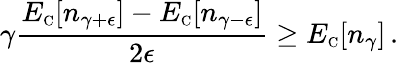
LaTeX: \gamma\frac{E_{\scriptscriptstyle\mathrm{C}}[n_{\gamma+\epsilon}]-E_{\scriptscriptstyle\mathrm{C}}[n_{\gamma-\epsilon}]}{2\epsilon}\geq E_{\scriptscriptstyle\mathrm{C}}[n_{\gamma}]\, .